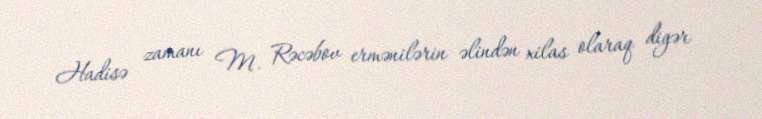
Hadisə zamanı M. Rəcəbov ermənilərin əlindən xilas olaraq digər